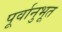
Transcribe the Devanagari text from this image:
पूर्वानुभूत